Annual report of the Punjab Veterinary College and of the Civil Veterinary Department, Punjab - 1926-1932
Year: 1926
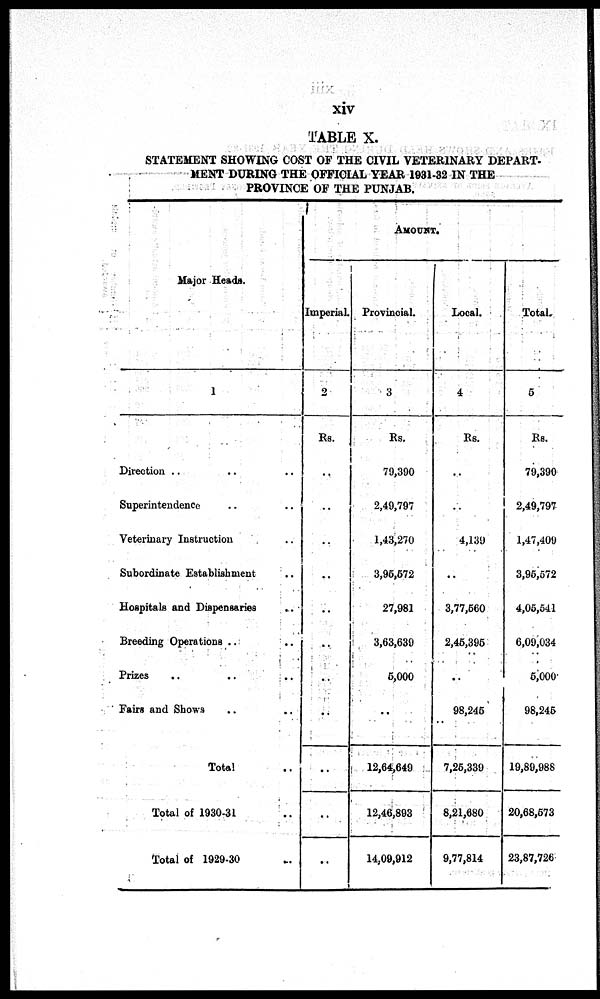
xiv
TABLE X.
STATEMENT SHOWING COST OF THE CIVIL VETERINARY DEPART¬
MENT DURING THE OFFICIAL YEAR 1931-32 IN THE
PROVINCE OF THE PUNJAB.
Major Heads.
1
Direction .. .. ..
Superintendence .. ..
Veterinary Instruction ..
Subordinate Establishment ..
Hospitals and Dispensaries ..
Breeding Operations .. ..
Prizes .. .. ..
Fairs and Shows .. ..
Total ..
Total of 1930-31 .. ..
Total of 1929-30 ..
AMOUNT.
Imperial.
2
Rs.
..
..
..
..
..
..
..
..
..
..
..
Provincial.
3
Rs.
79,390
2,49,797
1,43,270
3,95,572
27,981
3,63,639
5,000
..
12,64,649
12,46,893
14,09,912
Local.
4
Rs.
..
..
4,139
..
3,77,560
2,45,395
..
98,245
7,25,339
8,21,680
9,77,814
Total.
5
Rs.
79,390
2,49,797
1,47,409
3,95,572
4,05,541
6,09,034
5,000
98,245
19,89,988
20,68,573
23,87,726